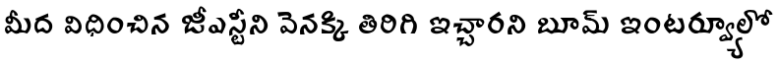
మీద విధించిన జీఎస్టీని వెనక్కి తిరిగి ఇచ్చారని బూమ్ ఇంటర్వ్యూలో